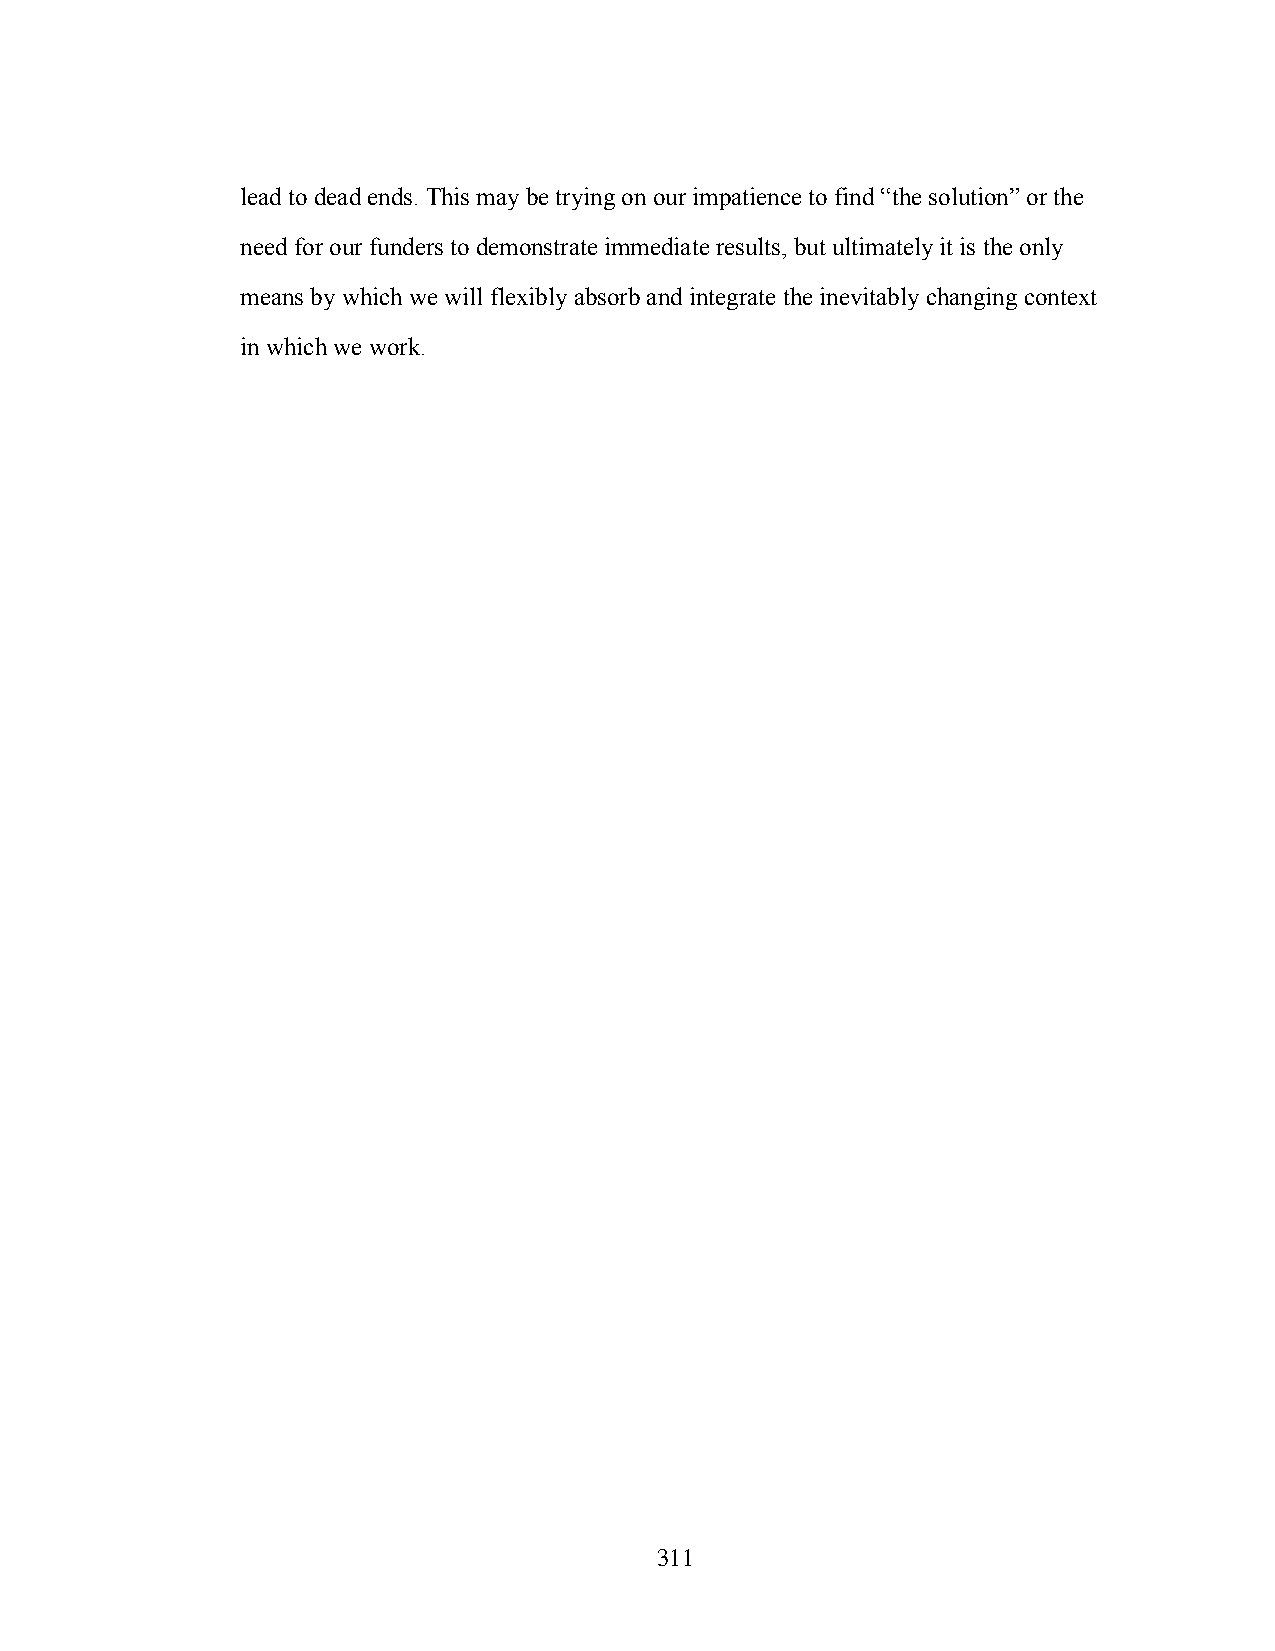
lead to dead ends. This may be trying on our impatience to find “the solution” or the
 need for our funders to demonstrate immediate results, but ultimately it is the only
 means by which we will flexibly absorb and integrate the inevitably changing context
 in which we work.
 311